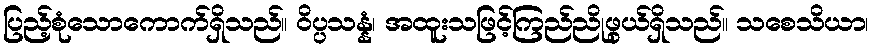
ပြည့်စုံသောကောက်ရှိသည်။ ဝိပ္ပသန္နံ၊ အထူးသဖြင့်ကြည်ညိုဖွယ်ရှိသည်။ သစေသိယာ၊